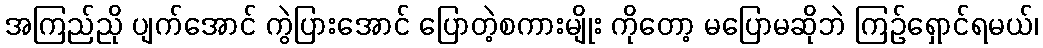
အကြည်ညို ပျက်အောင် ကွဲပြားအောင် ပြောတဲ့စကားမျိုး ကိုတော့ မပြောမဆိုဘဲ ကြဉ်ရှောင်ရမယ်၊